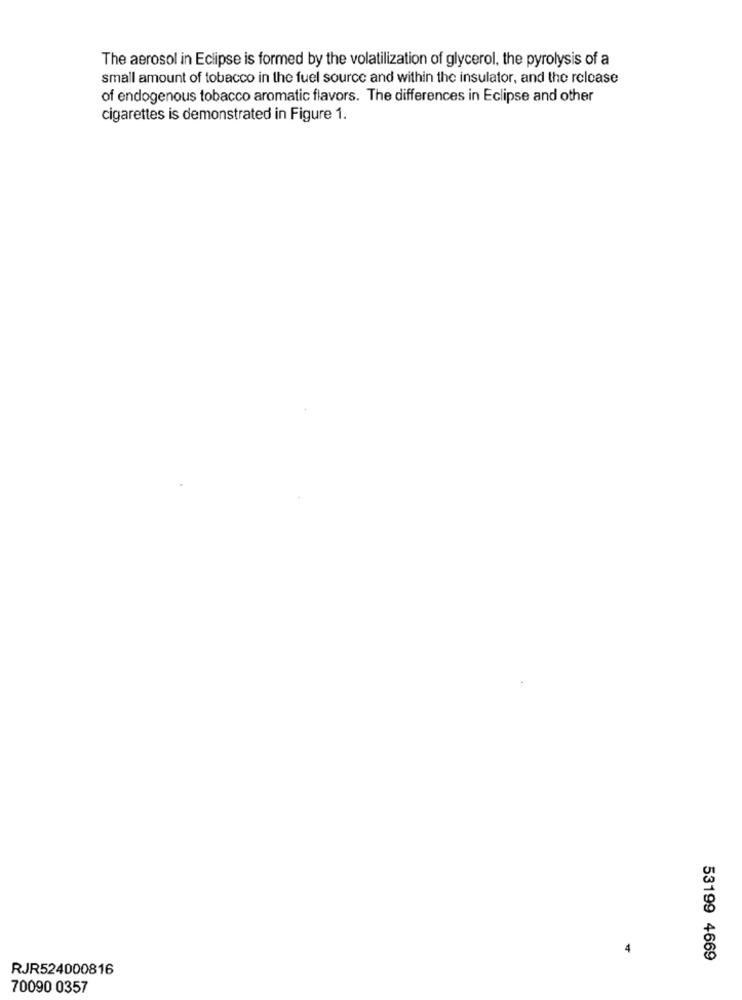
The aerosol in Eclipse is formed by the volatilization of glycerol, the pyrolysis of a
small amount of tobacco in the fuel source and within the insulator, and the release
of endogenous tobacco aromatic flavors. The differences in Eclipse and other
cigarettes is demonstrated in Figure 1.
53199 4669
RJR524000816
70090 0357